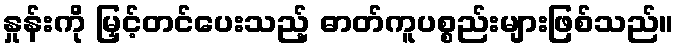
နှုန်းကို မြှင့်တင်ပေးသည့် ဓာတ်ကူပစ္စည်းများဖြစ်သည်။